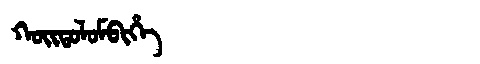
Manchu: ᡴᠣᡳᡨᠣᠯᠣᠮᠪᡳᡥᡝ
Romanization: KOITOLOMBIHE